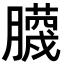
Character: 𮍆